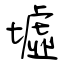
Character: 墟